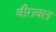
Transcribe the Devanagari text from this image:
वीरावल